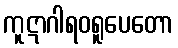
ကူဋာဂါရဝရူပေတော